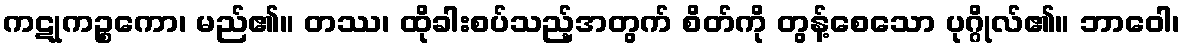
ကဋုကဉ္စကော၊ မည်၏။ တဿ၊ ထိုခါးစပ်သည့်အတွက် စိတ်ကို တွန့်စေသော ပုဂ္ဂိုလ်၏။ ဘာဝေါ၊